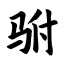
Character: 驸